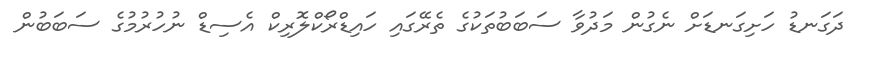
ދަގަނޑު ހަށިގަނޑަށް ނެގުން މަދުވާ ސަބަބުތަކުގެ ތެރޭގައި ހައިޑްރޯކްލޮރިކް އެސިޑް ނުހުރުމުގެ ސަބަބުން